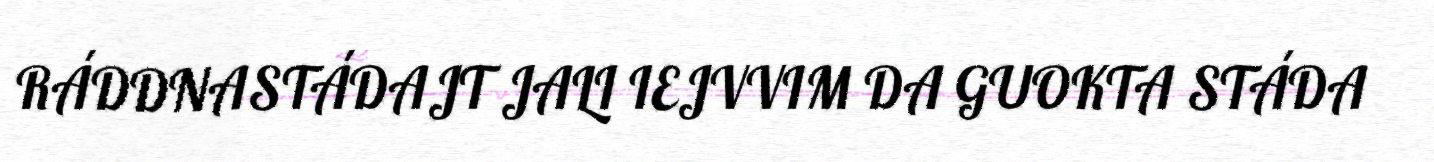
RÁDDNASTÁDAJT JALI IEJVVIM DA GUOKTA STÁDA